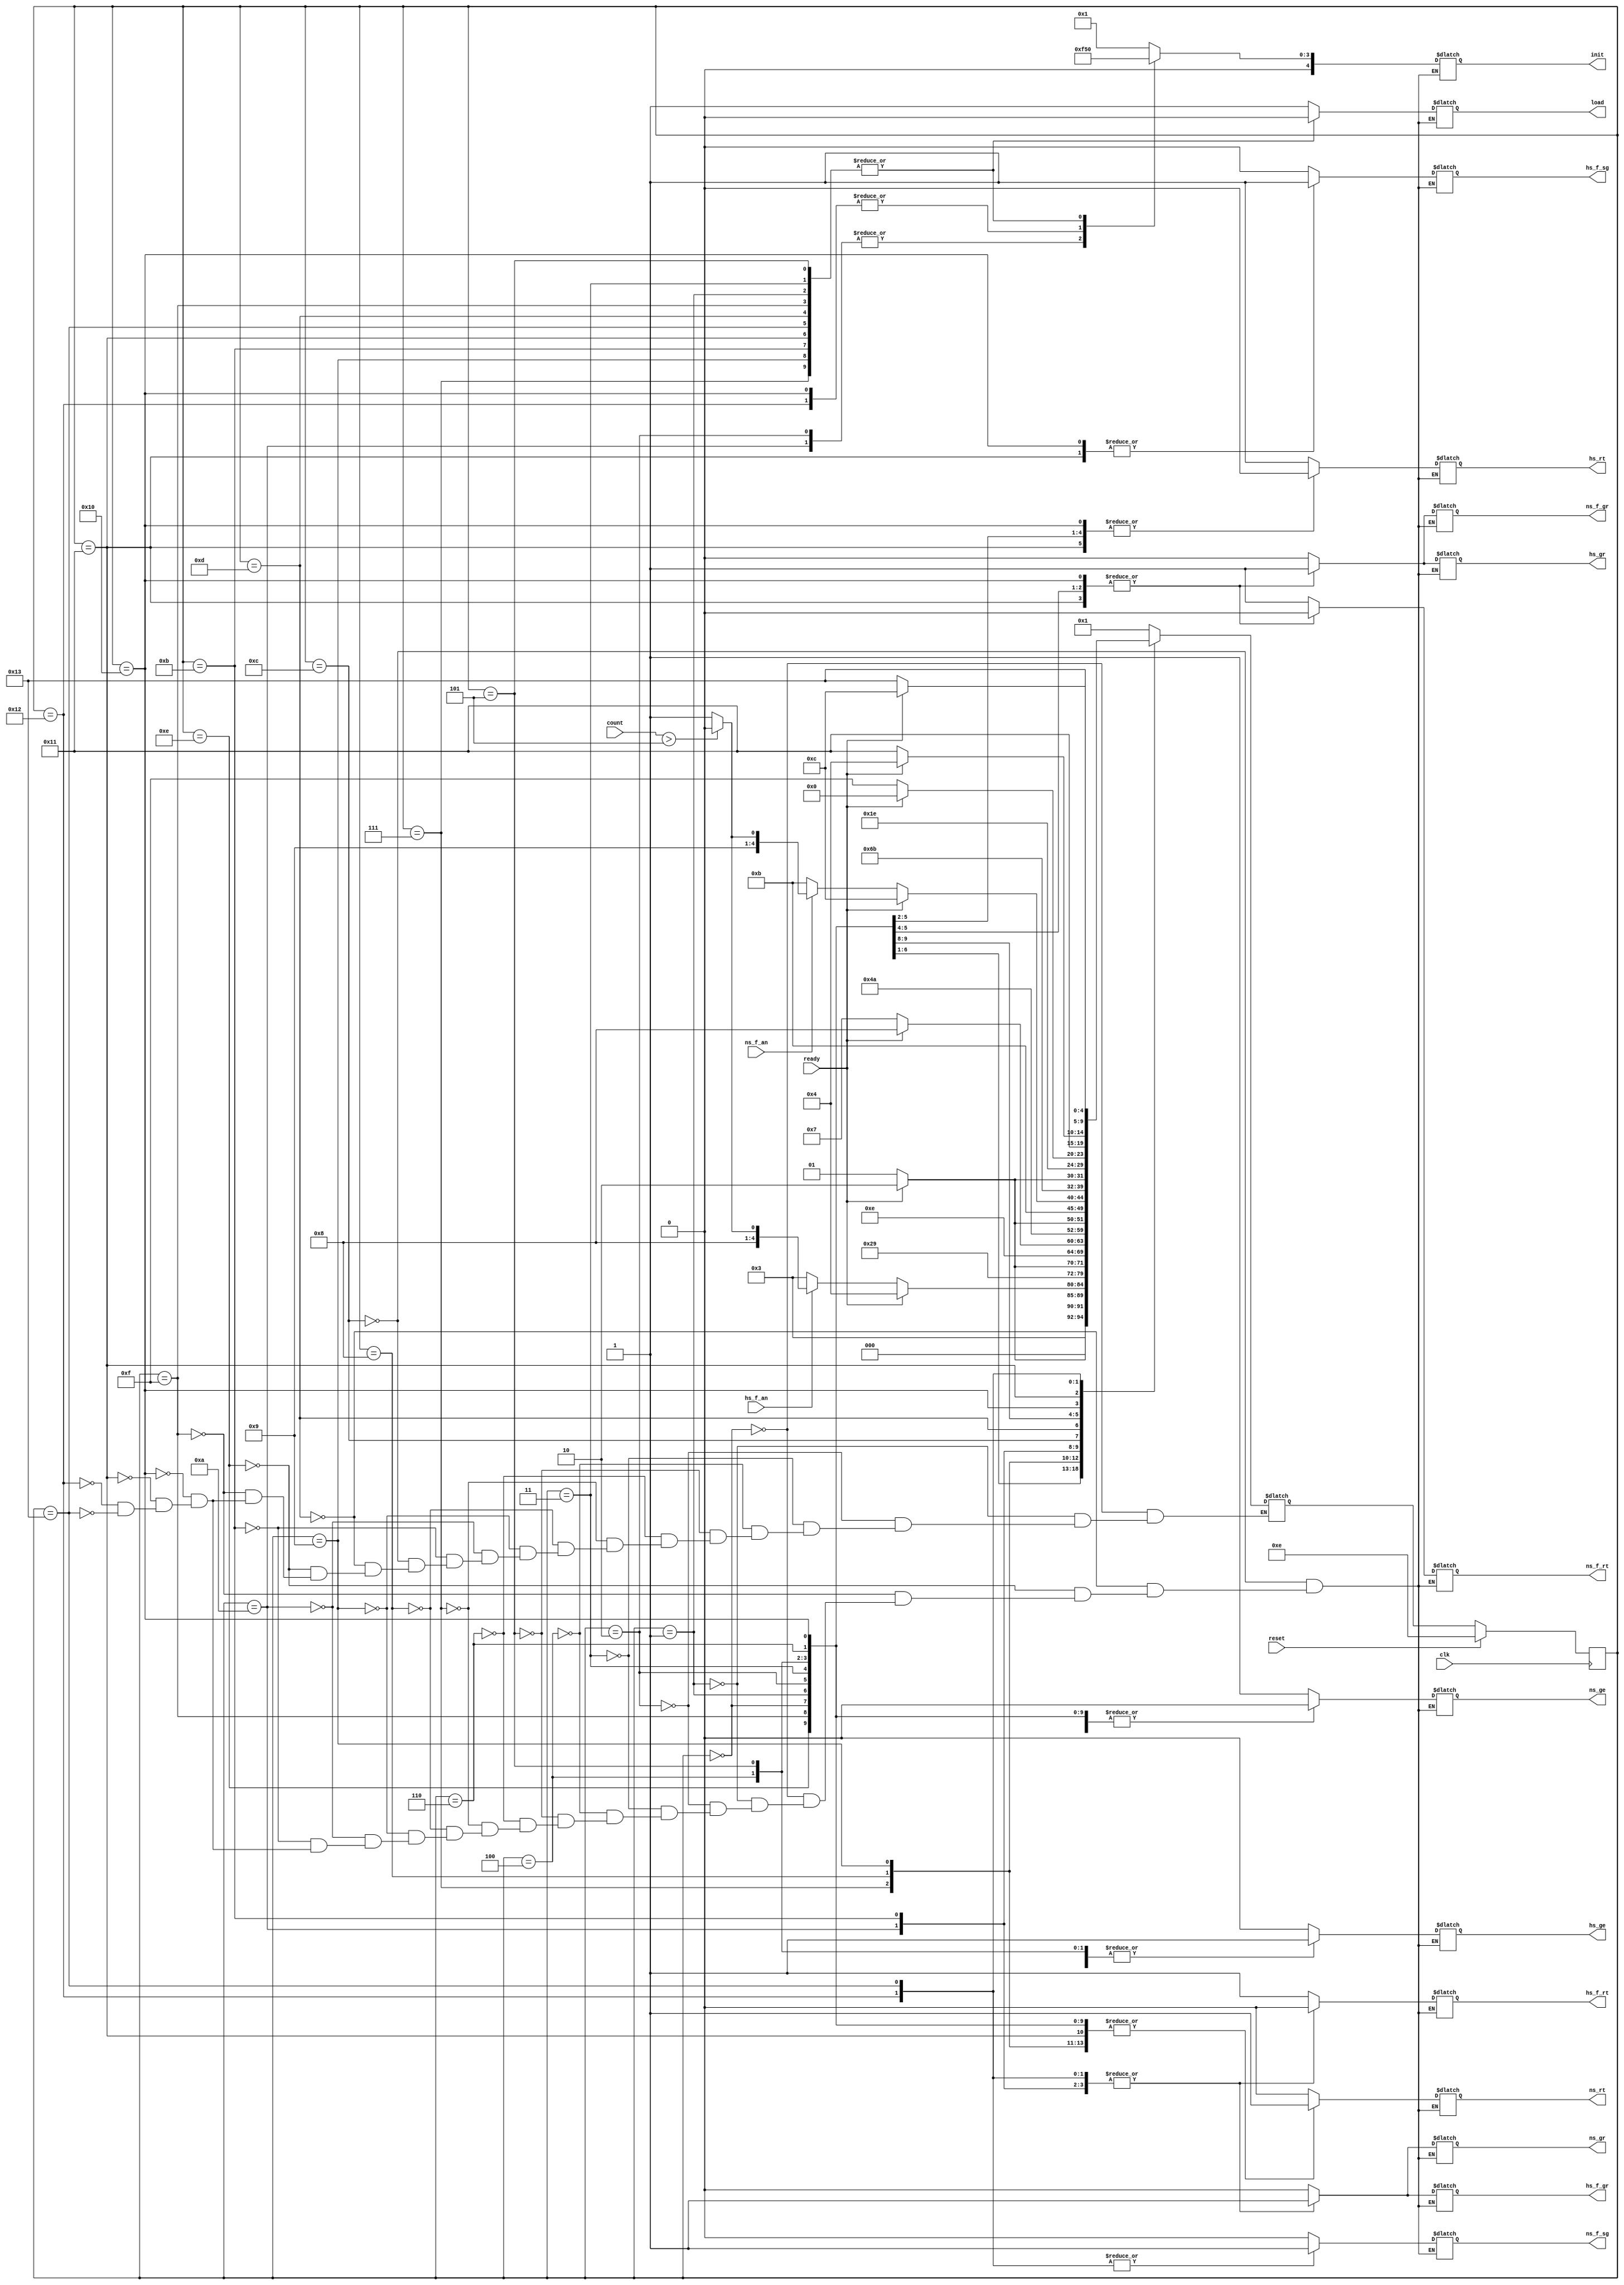
module ampel_sp(
  input clk,
  input reset,
  input hs_f_an,
  input ns_f_an,
  input ready,
  input [4:0] count,
  output reg hs_rt,
  output reg hs_ge,
  output reg hs_gr,
  output reg ns_rt,
  output reg ns_ge,
  output reg ns_gr,
  output reg hs_f_sg,
  output reg hs_f_rt,
  output reg hs_f_gr,
  output reg ns_f_sg,
  output reg ns_f_rt,
  output reg ns_f_gr,
  output reg load,
  output reg [4:0] init
  );

  //vllt kann man einige Setups weglassen
  parameter HS_RGelb_Setup    = 5'd0,
            HS_RGelb_NS_Rot   = 5'd1,
            HS_Gruen_Setup    = 5'd2,
            HS_Gruen_NS_Rot   = 5'd3,
            HS_Gelb_Setup     = 5'd4,
            HS_Gelb_NS_Rot    = 5'd5,
            HS_Rot_Setup      = 5'd6,
            HS_Rot_NS_Rot     = 5'd7,
            NS_RGelb_Setup    = 5'd8,
            NS_RGelb_HS_Rot   = 5'd9,
            NS_Gruen_Setup    = 5'd10,
            NS_Gruen_HS_Rot   = 5'd11,
            NS_Gelb_Setup     = 5'd12,
            NS_Gelb_HS_Rot    = 5'd13,
            NS_Rot_Setup      = 5'd14,
            NS_Rot_HS_Rot     = 5'd15,
            HS_F_Setup        = 5'd16,
            HS_F              = 5'd17,
            NS_F_Setup        = 5'd18,
            NS_F              = 5'd19;


  reg [4:0] state;
  reg [4:0] nextstate;

  //synchroner Teil
  always @ ( posedge clk ) begin
    if(reset)
      state <= NS_Rot_Setup;
      //vllt schon nextstate initialisieren?
    else
      state <= nextstate;
  end

  //FSM
  always @ ( * ) begin
    case(state)

      //Hauptzyklus
      HS_RGelb_Setup: begin nextstate <= HS_RGelb_NS_Rot; end
      HS_RGelb_NS_Rot: begin
                        if(ready) nextstate <= HS_Gruen_Setup;
                        else nextstate <= HS_RGelb_NS_Rot;
                       end
      HS_Gruen_Setup: begin nextstate <= HS_Gruen_NS_Rot; end
      HS_Gruen_NS_Rot: begin
                        if(ready) nextstate <= HS_Gelb_Setup;
                        else if(hs_f_an) begin
                                            if(count > 5) nextstate <= HS_F_Setup;
                                            else nextstate <= HS_F;
                                         end
                        else nextstate <= HS_Gruen_NS_Rot;
                       end
      HS_Gelb_Setup: begin nextstate <= HS_Gelb_NS_Rot; end
      HS_Gelb_NS_Rot: begin
                          if(ready) nextstate <= HS_Rot_Setup;
                          else nextstate <= HS_Gelb_NS_Rot;
                      end
      HS_Rot_Setup: begin nextstate <= HS_Rot_NS_Rot; end
      HS_Rot_NS_Rot: begin
                        if(ready) nextstate <= NS_RGelb_Setup;
                        else nextstate <= HS_Rot_NS_Rot;
                     end
      NS_RGelb_Setup: begin nextstate <= NS_RGelb_HS_Rot; end
      NS_RGelb_HS_Rot: begin
                        if(ready) nextstate <= NS_Gruen_Setup;
                        else nextstate <= NS_RGelb_HS_Rot;
                       end
      NS_Gruen_Setup: begin nextstate <= NS_Gruen_HS_Rot; end
      NS_Gruen_HS_Rot: begin
                        if(ready) nextstate <= NS_Gelb_Setup;
                        else if(ns_f_an) begin
                                          if(count > 5) nextstate <= NS_F_Setup;
                                          else nextstate <= NS_F;
                                         end
                       else nextstate <= NS_Gruen_HS_Rot;
                     end
      NS_Gelb_Setup: begin nextstate <= NS_Gelb_HS_Rot; end
      NS_Gelb_HS_Rot: begin
                       if(ready) nextstate <= NS_Rot_Setup;
                       else nextstate <= NS_Gelb_HS_Rot;
                      end
      NS_Rot_Setup: begin nextstate <= NS_Rot_HS_Rot; end
      NS_Rot_HS_Rot: begin
                       if(ready) nextstate <= HS_RGelb_Setup;
                       else nextstate <= NS_Rot_HS_Rot;
                     end

      //Fussgaenger Zustnde
      HS_F_Setup: begin nextstate <= HS_F; end
      HS_F: begin
              if(ready) nextstate <= HS_Gelb_Setup;
              else nextstate <= HS_F;
            end
      NS_F_Setup: begin nextstate <= NS_F; end
      NS_F: begin
              if(ready) nextstate <= NS_Gelb_Setup;
              else nextstate <= NS_F;
            end
    endcase
  end

//Ausgnge
always @ ( * ) begin
  case(state)

    //Hauptzyklus
    NS_Gelb_Setup: begin
      hs_rt <= 1;
      hs_ge <= 0;
      hs_gr <= 0;
      ns_rt <= 0;
      ns_ge <= 1;
      ns_gr <= 0;
      hs_f_sg <= 0;
      hs_f_rt <= 1;
      hs_f_gr <= 0;
      ns_f_sg <= 0;
      ns_f_rt <= 1;
      ns_f_gr <= 0;
      load <= 1;
      init <= 5'd1;
    end

    NS_Gelb_HS_Rot: begin
      hs_rt <= 1;
      hs_ge <= 0;
      hs_gr <= 0;
      ns_rt <= 0;
      ns_ge <= 1;
      ns_gr <= 0;
      hs_f_sg <= 0;
      hs_f_rt <= 1;
      hs_f_gr <= 0;
      ns_f_sg <= 0;
      ns_f_rt <= 1;
      ns_f_gr <= 0;
      load <= 0;
      init <= 5'd0;
    end

    NS_Rot_Setup: begin
      hs_rt <= 1;
      hs_ge <= 0;
      hs_gr <= 0;
      ns_rt <= 1;
      ns_ge <= 0;
      ns_gr <= 0;
      hs_f_sg <= 0;
      hs_f_rt <= 1;
      hs_f_gr <= 0;
      ns_f_sg <= 0;
      ns_f_rt <= 1;
      ns_f_gr <= 0;
      load <= 1;
      init <= 5'd1;
    end

    NS_Rot_HS_Rot: begin
      hs_rt <= 1;
      hs_ge <= 0;
      hs_gr <= 0;
      ns_rt <= 1;
      ns_ge <= 0;
      ns_gr <= 0;
      hs_f_sg <= 0;
      hs_f_rt <= 1;
      hs_f_gr <= 0;
      ns_f_sg <= 0;
      ns_f_rt <= 1;
      ns_f_gr <= 0;
      load <= 0;
      init <= 5'd0;
    end

    HS_RGelb_Setup: begin
      hs_rt <= 1;
      hs_ge <= 1;
      hs_gr <= 0;
      ns_rt <= 1;
      ns_ge <= 0;
      ns_gr <= 0;
      hs_f_sg <= 0;
      hs_f_rt <= 1;
      hs_f_gr <= 0;
      ns_f_sg <= 0;
      ns_f_rt <= 1;
      ns_f_gr <= 0;
      load <= 1;
      init <= 5'd1;
    end

    HS_RGelb_NS_Rot: begin
      hs_rt <= 1;
      hs_ge <= 1;
      hs_gr <= 0;
      ns_rt <= 1;
      ns_ge <= 0;
      ns_gr <= 0;
      hs_f_sg <= 0;
      hs_f_rt <= 1;
      hs_f_gr <= 0;
      ns_f_sg <= 0;
      ns_f_rt <= 1;
      ns_f_gr <= 0;
      load <= 0;
      init <= 5'd0;
    end

    HS_Gruen_Setup: begin
      hs_rt <= 0;
      hs_ge <= 0;
      hs_gr <= 1;
      ns_rt <= 1;
      ns_ge <= 0;
      ns_gr <= 0;
      hs_f_sg <= 0;
      hs_f_rt <= 1;
      hs_f_gr <= 0;
      ns_f_sg <= 0;
      ns_f_rt <= 0;
      ns_f_gr <= 1;
      load <= 1;
      init <= 5'd15;
    end

    HS_Gruen_NS_Rot: begin
      hs_rt <= 0;
      hs_ge <= 0;
      hs_gr <= 1;
      ns_rt <= 1;
      ns_ge <= 0;
      ns_gr <= 0;
      hs_f_sg <= 0;
      hs_f_rt <= 1;
      hs_f_gr <= 0;
      ns_f_sg <= 0;
      ns_f_rt <= 0;
      ns_f_gr <= 1;
      load <= 0;
      init <= 5'd0;
    end

    HS_Gelb_Setup: begin
      hs_rt <= 0;
      hs_ge <= 1;
      hs_gr <= 0;
      ns_rt <= 1;
      ns_ge <= 0;
      ns_gr <= 0;
      hs_f_sg <= 0;
      hs_f_rt <= 1;
      hs_f_gr <= 0;
      ns_f_sg <= 0;
      ns_f_rt <= 1;
      ns_f_gr <= 0;
      load <= 1;
      init <= 5'd1;
    end

    HS_Gelb_NS_Rot: begin
      hs_rt <= 0;
      hs_ge <= 1;
      hs_gr <= 0;
      ns_rt <= 1;
      ns_ge <= 0;
      ns_gr <= 0;
      hs_f_sg <= 0;
      hs_f_rt <= 1;
      hs_f_gr <= 0;
      ns_f_sg <= 0;
      ns_f_rt <= 1;
      ns_f_gr <= 0;
      load <= 0;
      init <= 5'd0;
    end

    HS_Rot_Setup: begin
      hs_rt <= 1;
      hs_ge <= 0;
      hs_gr <= 0;
      ns_rt <= 1;
      ns_ge <= 0;
      ns_gr <= 0;
      hs_f_sg <= 0;
      hs_f_rt <= 1;
      hs_f_gr <= 0;
      ns_f_sg <= 0;
      ns_f_rt <= 1;
      ns_f_gr <= 0;
      load <= 1;
      init <= 5'd1;
    end

    HS_Rot_NS_Rot: begin
      hs_rt <= 1;
      hs_ge <= 0;
      hs_gr <= 0;
      ns_rt <= 1;
      ns_ge <= 0;
      ns_gr <= 0;
      hs_f_sg <= 0;
      hs_f_rt <= 1;
      hs_f_gr <= 0;
      ns_f_sg <= 0;
      ns_f_rt <= 1;
      ns_f_gr <= 0;
      load <= 0;
      init <= 5'd0;
    end

    NS_RGelb_Setup: begin
      hs_rt <= 1;
      hs_ge <= 0;
      hs_gr <= 0;
      ns_rt <= 1;
      ns_ge <= 1;
      ns_gr <= 0;
      hs_f_sg <= 0;
      hs_f_rt <= 1;
      hs_f_gr <= 0;
      ns_f_sg <= 0;
      ns_f_rt <= 1;
      ns_f_gr <= 0;
      load <= 1;
      init <= 5'd1;
    end

    NS_RGelb_HS_Rot: begin
      hs_rt <= 1;
      hs_ge <= 0;
      hs_gr <= 0;
      ns_rt <= 1;
      ns_ge <= 1;
      ns_gr <= 0;
      hs_f_sg <= 0;
      hs_f_rt <= 1;
      hs_f_gr <= 0;
      ns_f_sg <= 0;
      ns_f_rt <= 1;
      ns_f_gr <= 0;
      load <= 0;
      init <= 5'd0;
    end

    NS_Gruen_Setup: begin
      hs_rt <= 1;
      hs_ge <= 0;
      hs_gr <= 0;
      ns_rt <= 0;
      ns_ge <= 0;
      ns_gr <= 1;
      hs_f_sg <= 0;
      hs_f_rt <= 0;
      hs_f_gr <= 1;
      ns_f_sg <= 0;
      ns_f_rt <= 1;
      ns_f_gr <= 0;
      load <= 1;
      init <= 5'd15;
    end

    NS_Gruen_HS_Rot: begin
      hs_rt <= 1;
      hs_ge <= 0;
      hs_gr <= 0;
      ns_rt <= 0;
      ns_ge <= 0;
      ns_gr <= 1;
      hs_f_sg <= 0;
      hs_f_rt <= 0;
      hs_f_gr <= 1;
      ns_f_sg <= 0;
      ns_f_rt <= 1;
      ns_f_gr <= 0;
      load <= 0;
      init <= 5'd0;
    end

    //Fussgaenger Zustnde
    HS_F_Setup: begin
      hs_rt <= 0;
      hs_ge <= 0;
      hs_gr <= 1;
      ns_rt <= 1;
      ns_ge <= 0;
      ns_gr <= 0;
      hs_f_sg <= 1;
      hs_f_rt <= 1;
      hs_f_gr <= 0;
      ns_f_sg <= 0;
      ns_f_rt <= 0;
      ns_f_gr <= 1;
      load <= 1;
      init <= 5'd5;
    end

    HS_F: begin
      hs_rt <= 0;
      hs_ge <= 0;
      hs_gr <= 1;
      ns_rt <= 1;
      ns_ge <= 0;
      ns_gr <= 0;
      hs_f_sg <= 1;
      hs_f_rt <= 1;
      hs_f_gr <= 0;
      ns_f_sg <= 0;
      ns_f_rt <= 0;
      ns_f_gr <= 1;
      load <= 0;
      init <= 5'd0;
    end


    NS_F_Setup: begin
      hs_rt <= 1;
      hs_ge <= 0;
      hs_gr <= 0;
      ns_rt <= 0;
      ns_ge <= 0;
      ns_gr <= 1;
      hs_f_sg <= 0;
      hs_f_rt <= 0;
      hs_f_gr <= 1;
      ns_f_sg <= 1;
      ns_f_rt <= 1;
      ns_f_gr <= 0;
      load <= 1;
      init <= 5'd5;
    end

    NS_F: begin
      hs_rt <= 1;
      hs_ge <= 0;
      hs_gr <= 0;
      ns_rt <= 0;
      ns_ge <= 0;
      ns_gr <= 1;
      hs_f_sg <= 0;
      hs_f_rt <= 0;
      hs_f_gr <= 1;
      ns_f_sg <= 1;
      ns_f_rt <= 1;
      ns_f_gr <= 0;
      load <= 0;
      init <= 5'd0;
    end

  endcase
end
endmodule